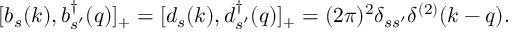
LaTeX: [ b _ { s } ( k ) , b _ { s ^ { \prime } } ^ { \dagger } ( q ) ] _ { + } = [ d _ { s } ( k ) , d _ { s ^ { \prime } } ^ { \dagger } ( q ) ] _ { + } = ( 2 \pi ) ^ { 2 } \delta _ { s s ^ { \prime } } \delta ^ { ( 2 ) } ( k - q ) .